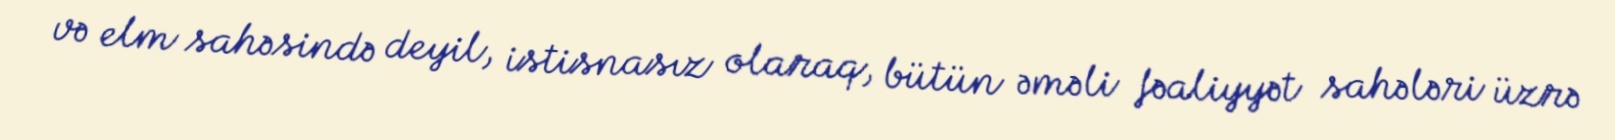
və elm sahəsində deyil, istisnasız olaraq, bütün əməli fəaliyyət sahələri üzrə